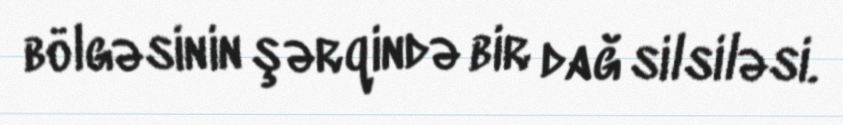
bölgəsinin şərqində bir dağ silsiləsi.